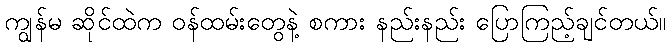
ကျွန်မ ဆိုင်ထဲက ဝန်ထမ်းတွေနဲ့ စကား နည်းနည်း ပြောကြည့်ချင်တယ်။